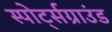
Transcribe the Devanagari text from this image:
स्पोर्ट्सग्राउंड